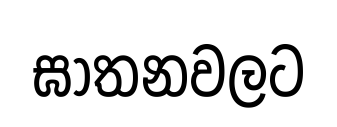
ඝාතනවලට